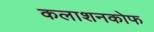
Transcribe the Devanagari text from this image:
कलाशनकोफ